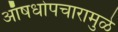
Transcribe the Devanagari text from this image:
ऑषधोपचारामुळे